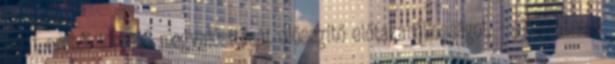
saját erőből történő megvalósítását elősegítő előtakarékosságot, - elősegítse a